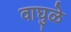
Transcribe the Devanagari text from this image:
वाघुळे